Annual report of the Punjab Veterinary College and of the Civil Veterinary Department, Punjab - 1926-1932
Year: 1926
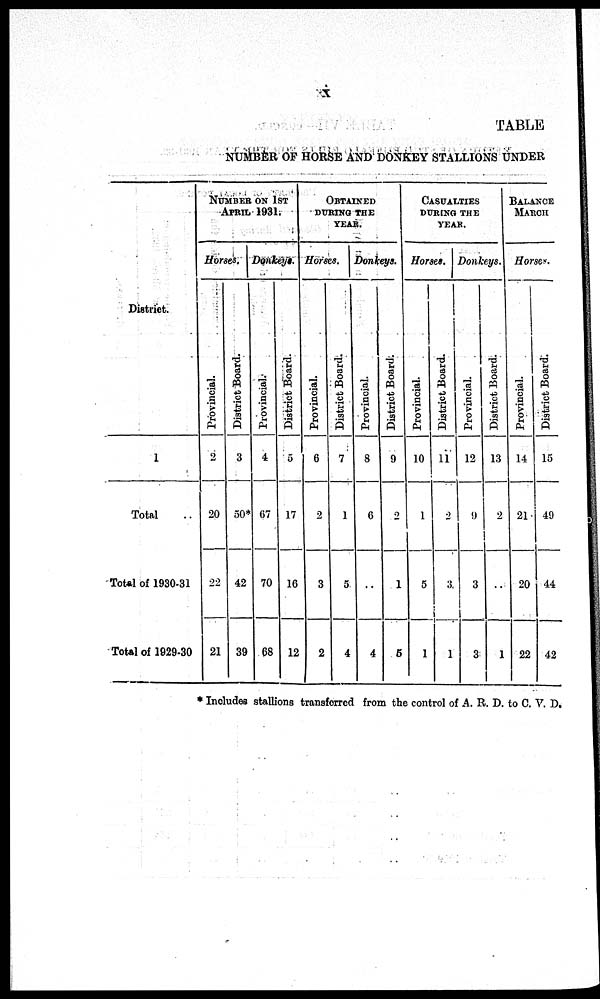
x
TABLE
NUMBER OF HORSE AND DONKEY STALLIONS UNDER
District.
1
Total
Total of 1930-31
Total of 1929-30
NUMBER ON 1ST
APRIL 1931.
Horses.
Provincial.
2
20
22
21
District Board.
3
50*
42
39
Donkeys.
Provincial.
4
67
70
68
District Board.
5
17
16
12
OBTAINED
DURING THE
YEAR.
Horses.
Provincial.
6
2
3
2
District Board.
7
1
5
4
Donkeys.
Provincial.
8
6
..
4
District Board.
9
2
1
5
CASUALTIES
DURING THE
YEAR.
Horses.
Provincial.
10
1
5
1
District Board.
11
2
3
1
Donkeys.
Provincial.
12
9
3
3
District Board.
13
2
..
1
BALANCE
MARCH
Horses.
Provincial.
14
21
20
22
District Board.
15
49
44
42
* Includes stallions transferred from the control of A. R. D. to C. V. D.